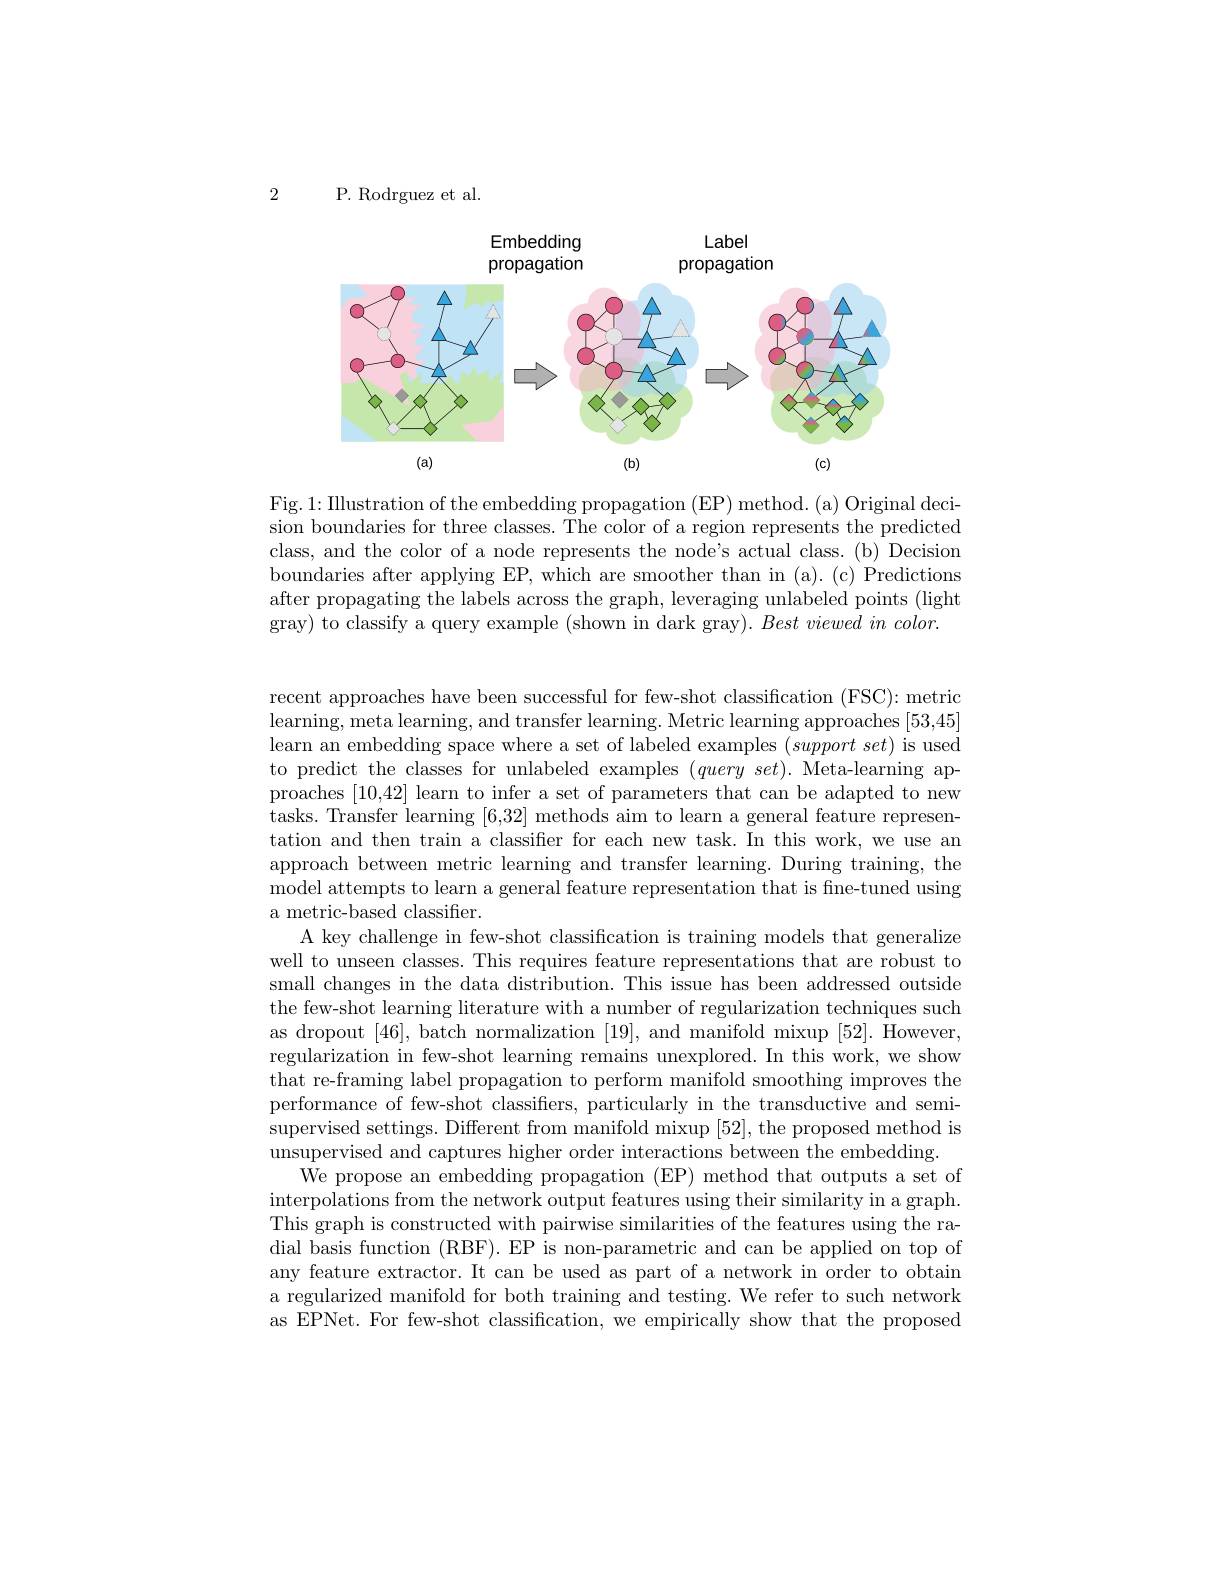
2

P. Rodrguez et al.

<FigureHere>

Fig.1: Illustration of the embedding propagation (EP) method. (a) Original decision boundaries for three classes. The color of a region represents the predicted class, and the color of a node represents the node's actual class.(b) Decision boundaries after applying EP, which are smoother than in (a). (c) Predictions after propagating the labels across the graph, leveraging unlabeled points (light gray) to classify a query example (shown in dark gray). Best viewed in color.

recent approaches have been successful for few-shot classification (FSC): metric learning, meta learning, and transfer learning. Metric learning approaches [53,45] learn an embedding space where a set of labeled examples $( support\textit{set})$ is used to predict the classes for unlabeled examples $( query\textit{ set}) .$ Meta-learning approaches [10,42] learn to infer a set of parameters that can be adapted to new tasks. Transfer learning [6,32] methods aim to learn a general feature representation and then train a classifier for each new task. In this work, we use an approach between metric learning and transfer learning. During training, the model attempts to learn a general feature representation that is fine-tuned using a metric-based classifier.
A key challenge in few-shot classification is training models that generalize well to unseen classes. This requires feature representations that are robust to small changes in the data distribution. This issue has been addressed outside the few-shot learning literature with a number of regularization techniques such as dropout [46], batch normalization [19], and manifold mixup [52]. However, regularization in few-shot learning remains unexplored. In this work, we show that re-framing label propagation to perform manifold smoothing improves the performance of few-shot classifiers, particularly in the transductive and semisupervised settings. Different from manifold mixup [52], the proposed method is unsupervised and captures higher order interactions between the embedding
$\bar{\text{We propose an embedding propagation (EP) method that outputs a set of}}$ interpolations from the network output features using their similarity in a graph. This graph is constructed with pairwise similarities of the features using the radial basis function (RBF). EP is non-parametric and can be applied on top of any feature extractor. It can be used as part of a network in order to obtain a regularized manifold for both training and testing. We refer to such network as EPNet. For few-shot classification, we empirically show that the proposed